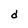
Character: d